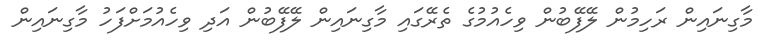
މާގިނައިން ރަހިމުން ލޭފޭބުން ވިހެއުމުގެ ތެރޭގައި މާގިނައިން ލޭފޭބުން އަދި ވިހެއުމަށްފަހު މާގިނައިން